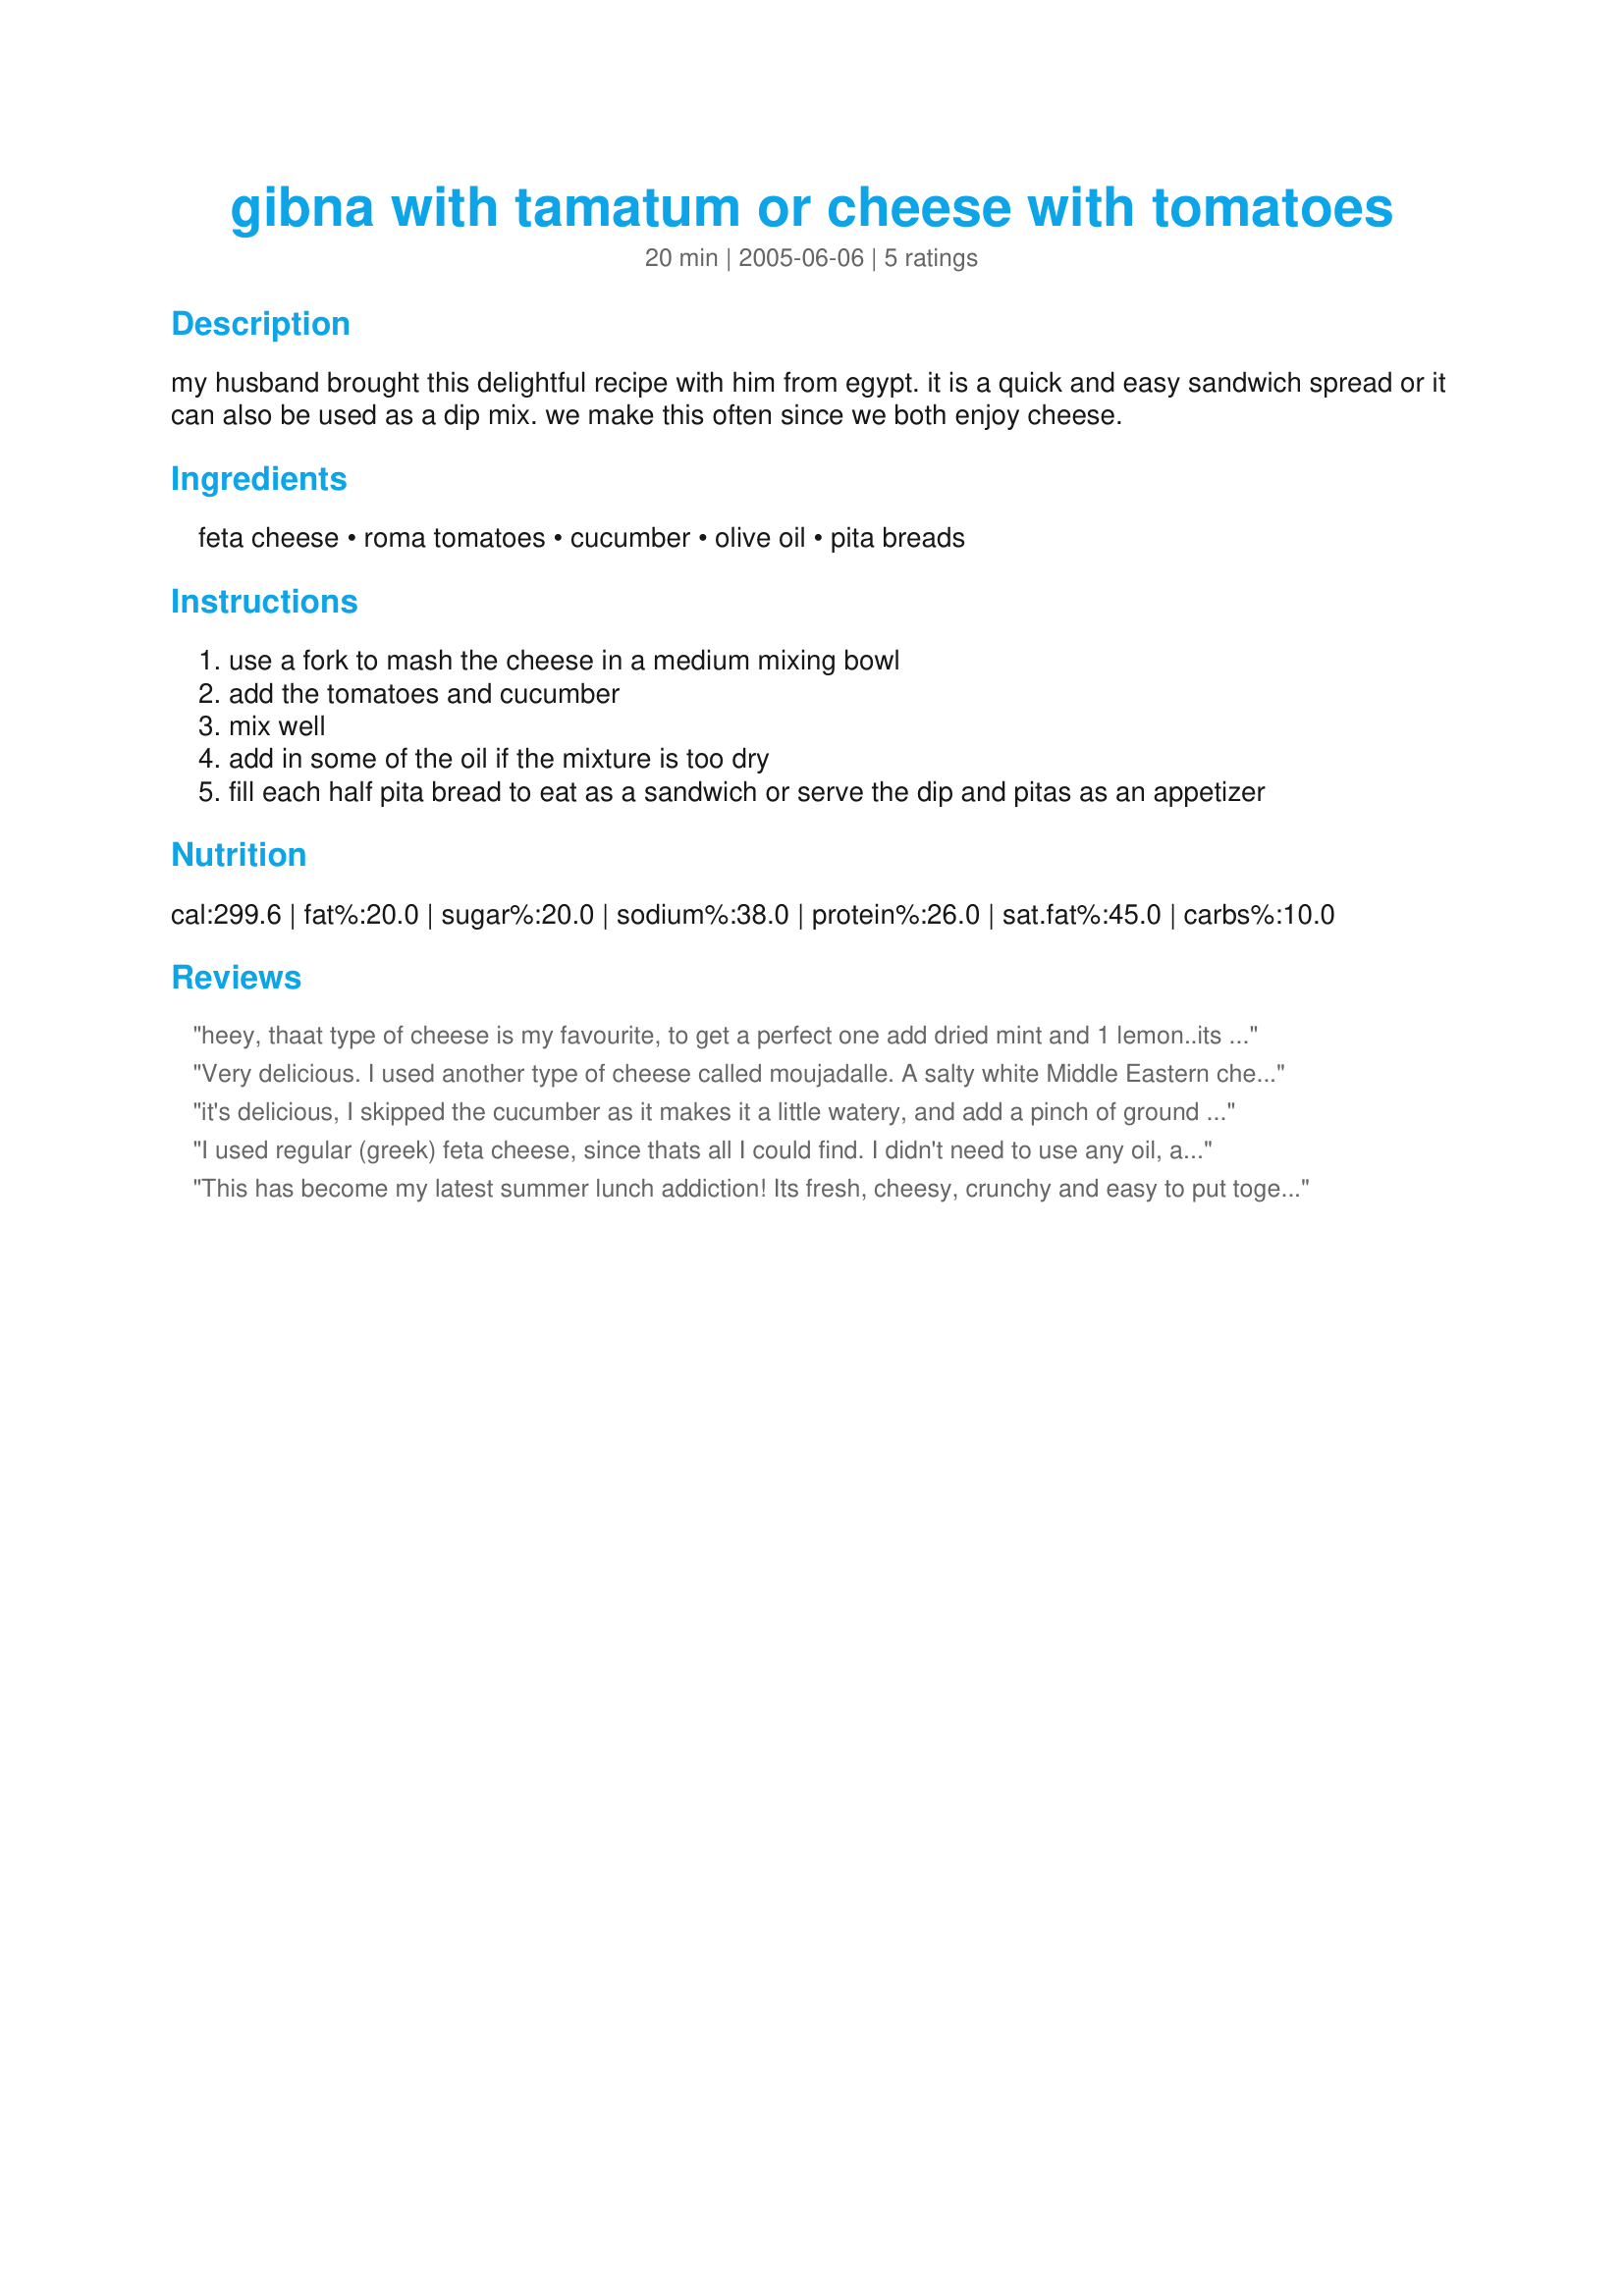
gibna with tamatum or cheese with tomatoes
Preparation time: 20 minutes

my husband brought this delightful recipe with him from egypt. it is a quick and easy sandwich spread or it can also be used as a dip mix. we make this often since we both enjoy cheese.

Ingredients:
feta cheese, roma tomatoes, cucumber, olive oil, pita breads

Steps:
use a fork to mash the cheese in a medium mixing bowl
add the tomatoes and cucumber
mix well
add in some of the oil if the mixture is too dry
fill each half pita bread to eat as a sandwich or serve the dip and pitas as an appetizer

Reviews:
heey, thaat type of cheese is my favourite, to get a perfect one add dried mint and 1 lemon..its optional anyway but it would be perfect
Very delicious. I used another type of cheese called moujadalle. A salty white Middle Eastern cheese. In fact it is very salty but the English cucumber tempered that down after I rinsed it. I did use a good olive oil plus plum tomatoes. I served it as a dip for our rice crackers as we are gluten free, as a part of Suhoor (the meal before dawn and fajr prayer in the month of Ramadan). I would make this again and would like to try a reviewers idea of adding dried mint and maybe a freshly squeezed lemon.
it's delicious, I skipped the cucumber as it makes it a little watery, and add a pinch of ground cayenne.
I used regular (greek) feta cheese, since thats all I could find. I didn't need to use any oil, and it was so tasty! Very light and fresh tasting, yet a filling lunch. Thanks for the great recipe!
This has become my latest summer lunch addiction! Its fresh, cheesy, crunchy and easy to put together. I have also made it adding some dried mint and a small crushed garlic clove. Cannot buy Bulgarian feta cheese here, don't even know how that tastes or what texture it has, so I used the Greek feta that is readily available here and added olive oil to the mix.
